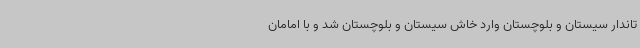
تاندار سیستان و بلوچستان وارد خاش سیستان و بلوچستان شد و با امامان